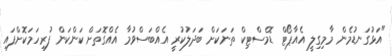
"އަޅުގަނޑުމެން މާމިގިލީ އެއާޕޯޓް ޑޮމެސްޓިކް ތަނަކަށް ބަދަލުކުރީ އެއްބަސްވުމާ އެއްގޮތަށް ކަންކަން ފުރިހަމަކޮށްފައި